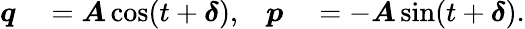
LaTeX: \begin{array}{rlrl}{\boldsymbol{q}}&{{}=\boldsymbol{A}\cos(t+\boldsymbol{\delta}),}&{\boldsymbol{p}}&{{}=-\boldsymbol{A}\sin(t+\boldsymbol{\delta}).}\end{array}